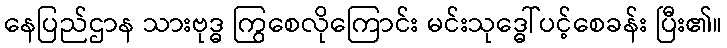
နေပြည်ဌာန သားဗုဒ္ဓ ကြွစေလိုကြောင်း မင်းသုဒ္ဓေါ်ပင့်စေခန်း ပြီး၏။